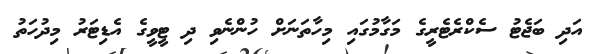
އަދި ބަޖެޓު ސެކްރެޓެރީގެ މަގާމުގައި މިހާތަނަށް ހުންނެވި ދި ޓީވީގެ އެޑިޓަރު މިދުހަތު